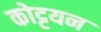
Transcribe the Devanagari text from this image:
कोट्टयन